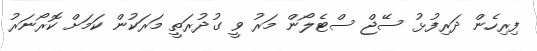
ފިރިހެން ދަރިފުޅު ސޭޖް ސްޓެލޯން މަރު ވީ ގުދުރަތީ މަރަކުން ކަމަށް ކޮރޯނަރު